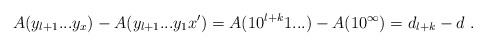
\begin{align*}A(y_{l+1}...y_x) - A(y_{l+1}...y_1x') = A(10^{l+k}1...) - A(1 0 ^\infty) = d_{l+k} - d \ .\end{align*}